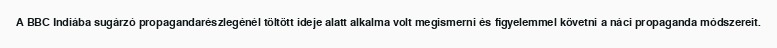
A BBC Indiába sugárzó propagandarészlegénél töltött ideje alatt alkalma volt megismerni és figyelemmel követni a náci propaganda módszereit.